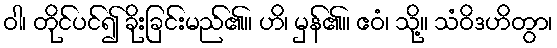
ဝါ၊ တိုင်ပင်၍ ခိုးခြင်းမည်၏။ ဟိ၊ မှန်၏။ ဧဝံ၊ သို့။ သံဝိဒဟိတွာ၊